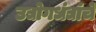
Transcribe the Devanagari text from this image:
उद्योगधंद्यांचे